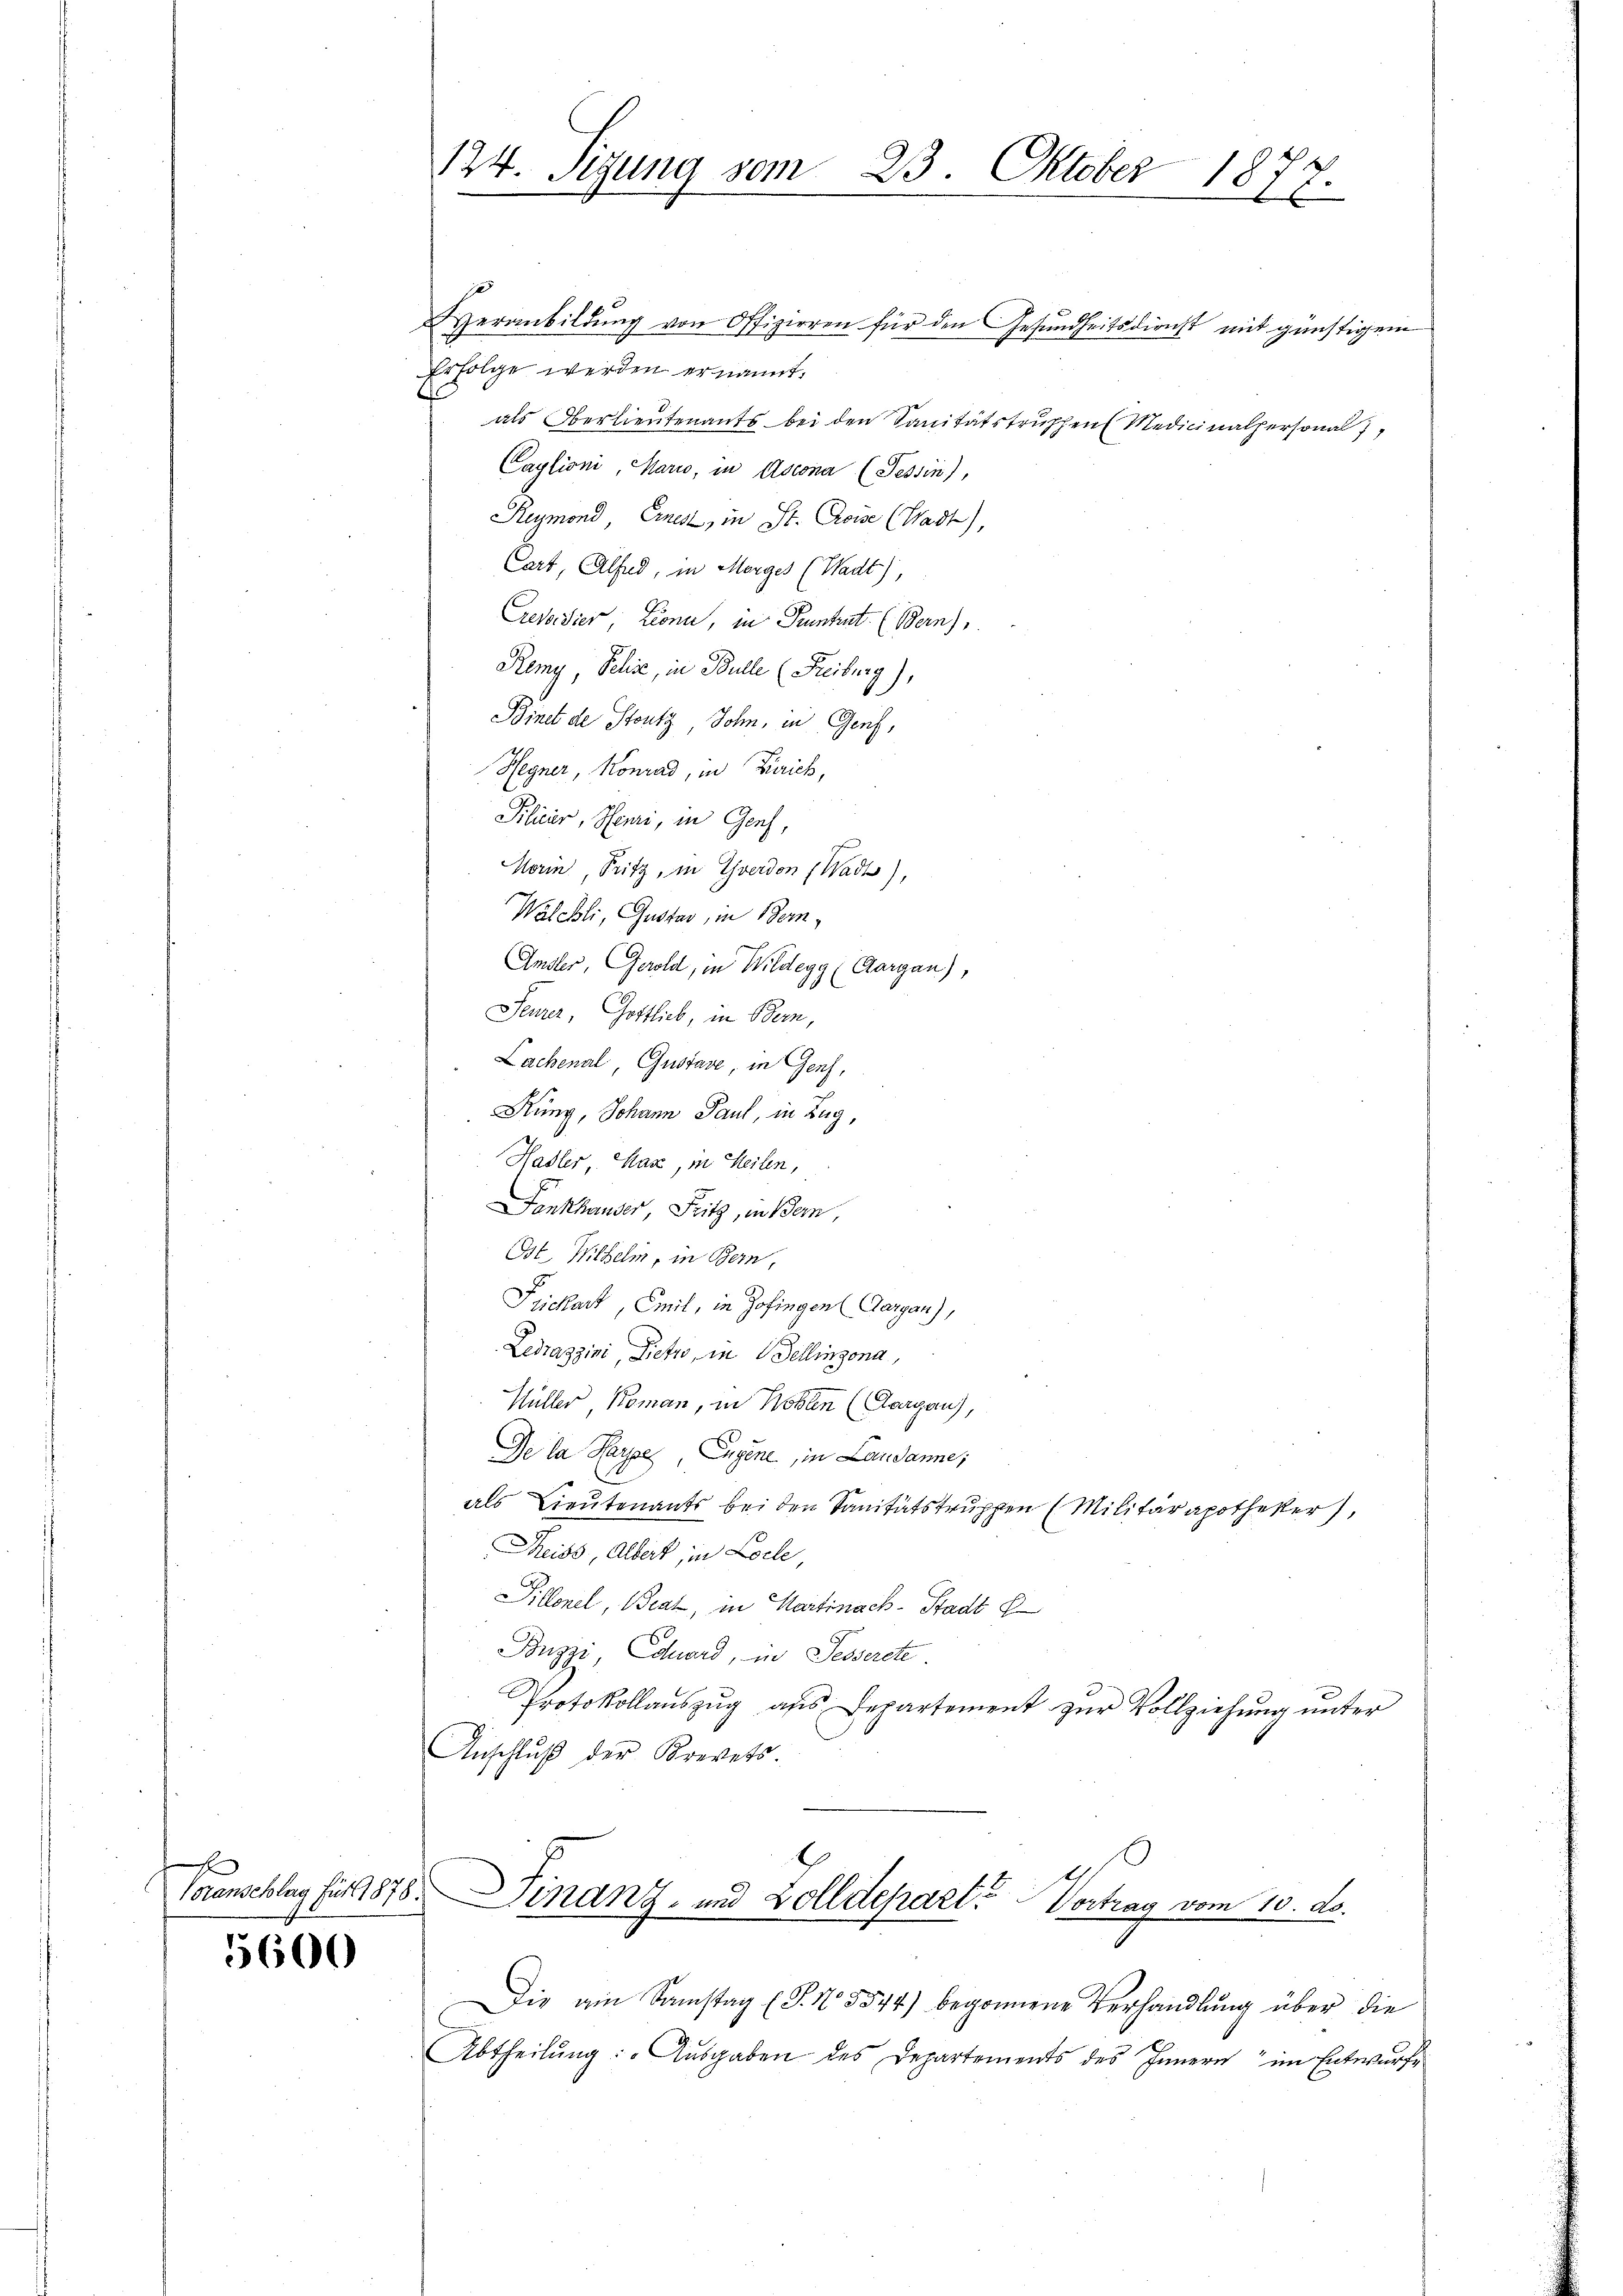
Veranbildung von Offizieren für den Gesundheitsdienst mit günstigem
Erfolge werden ernannt.
als Oberlieutenants bei den Sanitätstruphen Medicinalpersonal,
Caylioni, Mario, in Ascona (Tessin),
Reymond, Einen, in St. Poise (Wadt),
Cart, Alfad, in Morges (Wadt),
Cresoidier, Lioni, in Pruntrut. (Bern)
Remy, Schie, in Bulle (Freiburg),
Binet de Stutz, John, in Genf,
Hegner, Konrad, in Zürich,
Pilicier, Henri, in Genf,
Morin, Fritz, in Yverdon (Wadt),
Walchli, Gustav, in Bern,
Amsler, Gerold, in Wildegg (Aargau),
Seurer, Gottlich, in Bern,
Lachenal, Gustave, in Genf,
Rung, Johann Paul, in Zug,
Hasler, Harz, in Heilen,
Fankhauser, Fritz, in Bern,
Ost. Wilhelm, in Bern,
Frickart, Emil, in Zofingen (Aargau),
Ledraggini, Dicti, in Dellinzona,
Hüller Koman, in Koblen (Aargau),
De la Harpe, Eugene, in Landanne;
als Lieutenants bei den Sanitätstruppen (Militär apotheker,
Reiss, Albert, in Loche,
Sillonel, Brat, in Martinach-Stadt E
Buzzi, Eduard, in Fesserete.
Protokollauszug aus Departement zur Vollziehung unter
Anschlŭβ der Krevets.

5600

124. Setzung vom 23. Oktober 1877.

G
Voranschlag für 1878. Finanz- und Zolldepart? Vortrag vom 10. ds.

Die am Samstag (T. No 5544) begonnene Verhandlung über die
Abtheilŭng: „Aŭsgaben des Departements des Innern im Entwurfe